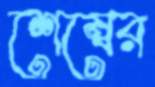
শেম্বের